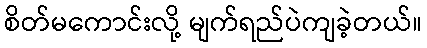
စိတ်မကောင်းလို့ မျက်ရည်ပဲကျခဲ့တယ်။